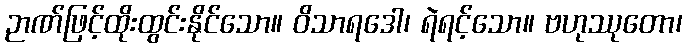
ဉာဏ်ဖြင့်ထိုးထွင်းနိုင်သော။ ဝိသာရဒေါ၊ ရဲရင့်သော။ ဗဟုဿုတော၊